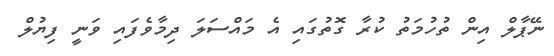
ނޭޕާލް އިން ތުހުމަތު ކުރާ ގޮތުގައި އެ މައްސަލަ ދިމާވެފައި ވަނީ ފިޔުލް